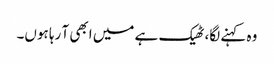
وہ کہنے لگا، ٹھیک ہے میں ابھی آ رہا ہوں۔